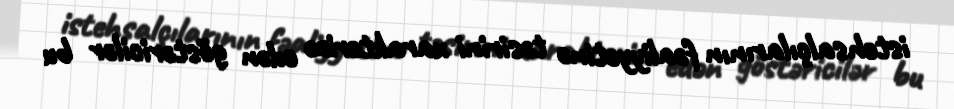
istehsalçılarının fəaliyyətinə təsirini xarakterizə edən göstəricilər bu